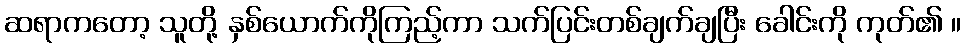
ဆရာကတော့ သူတို့ နှစ်ယောက်ကိုကြည့်ကာ သက်ပြင်းတစ်ချက်ချပြီး ခေါင်းကို ကုတ်၏ ။